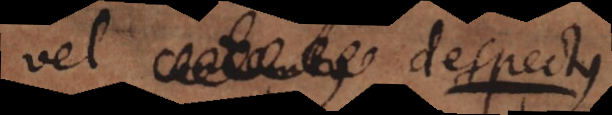
est despectus